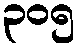
၃၀၅